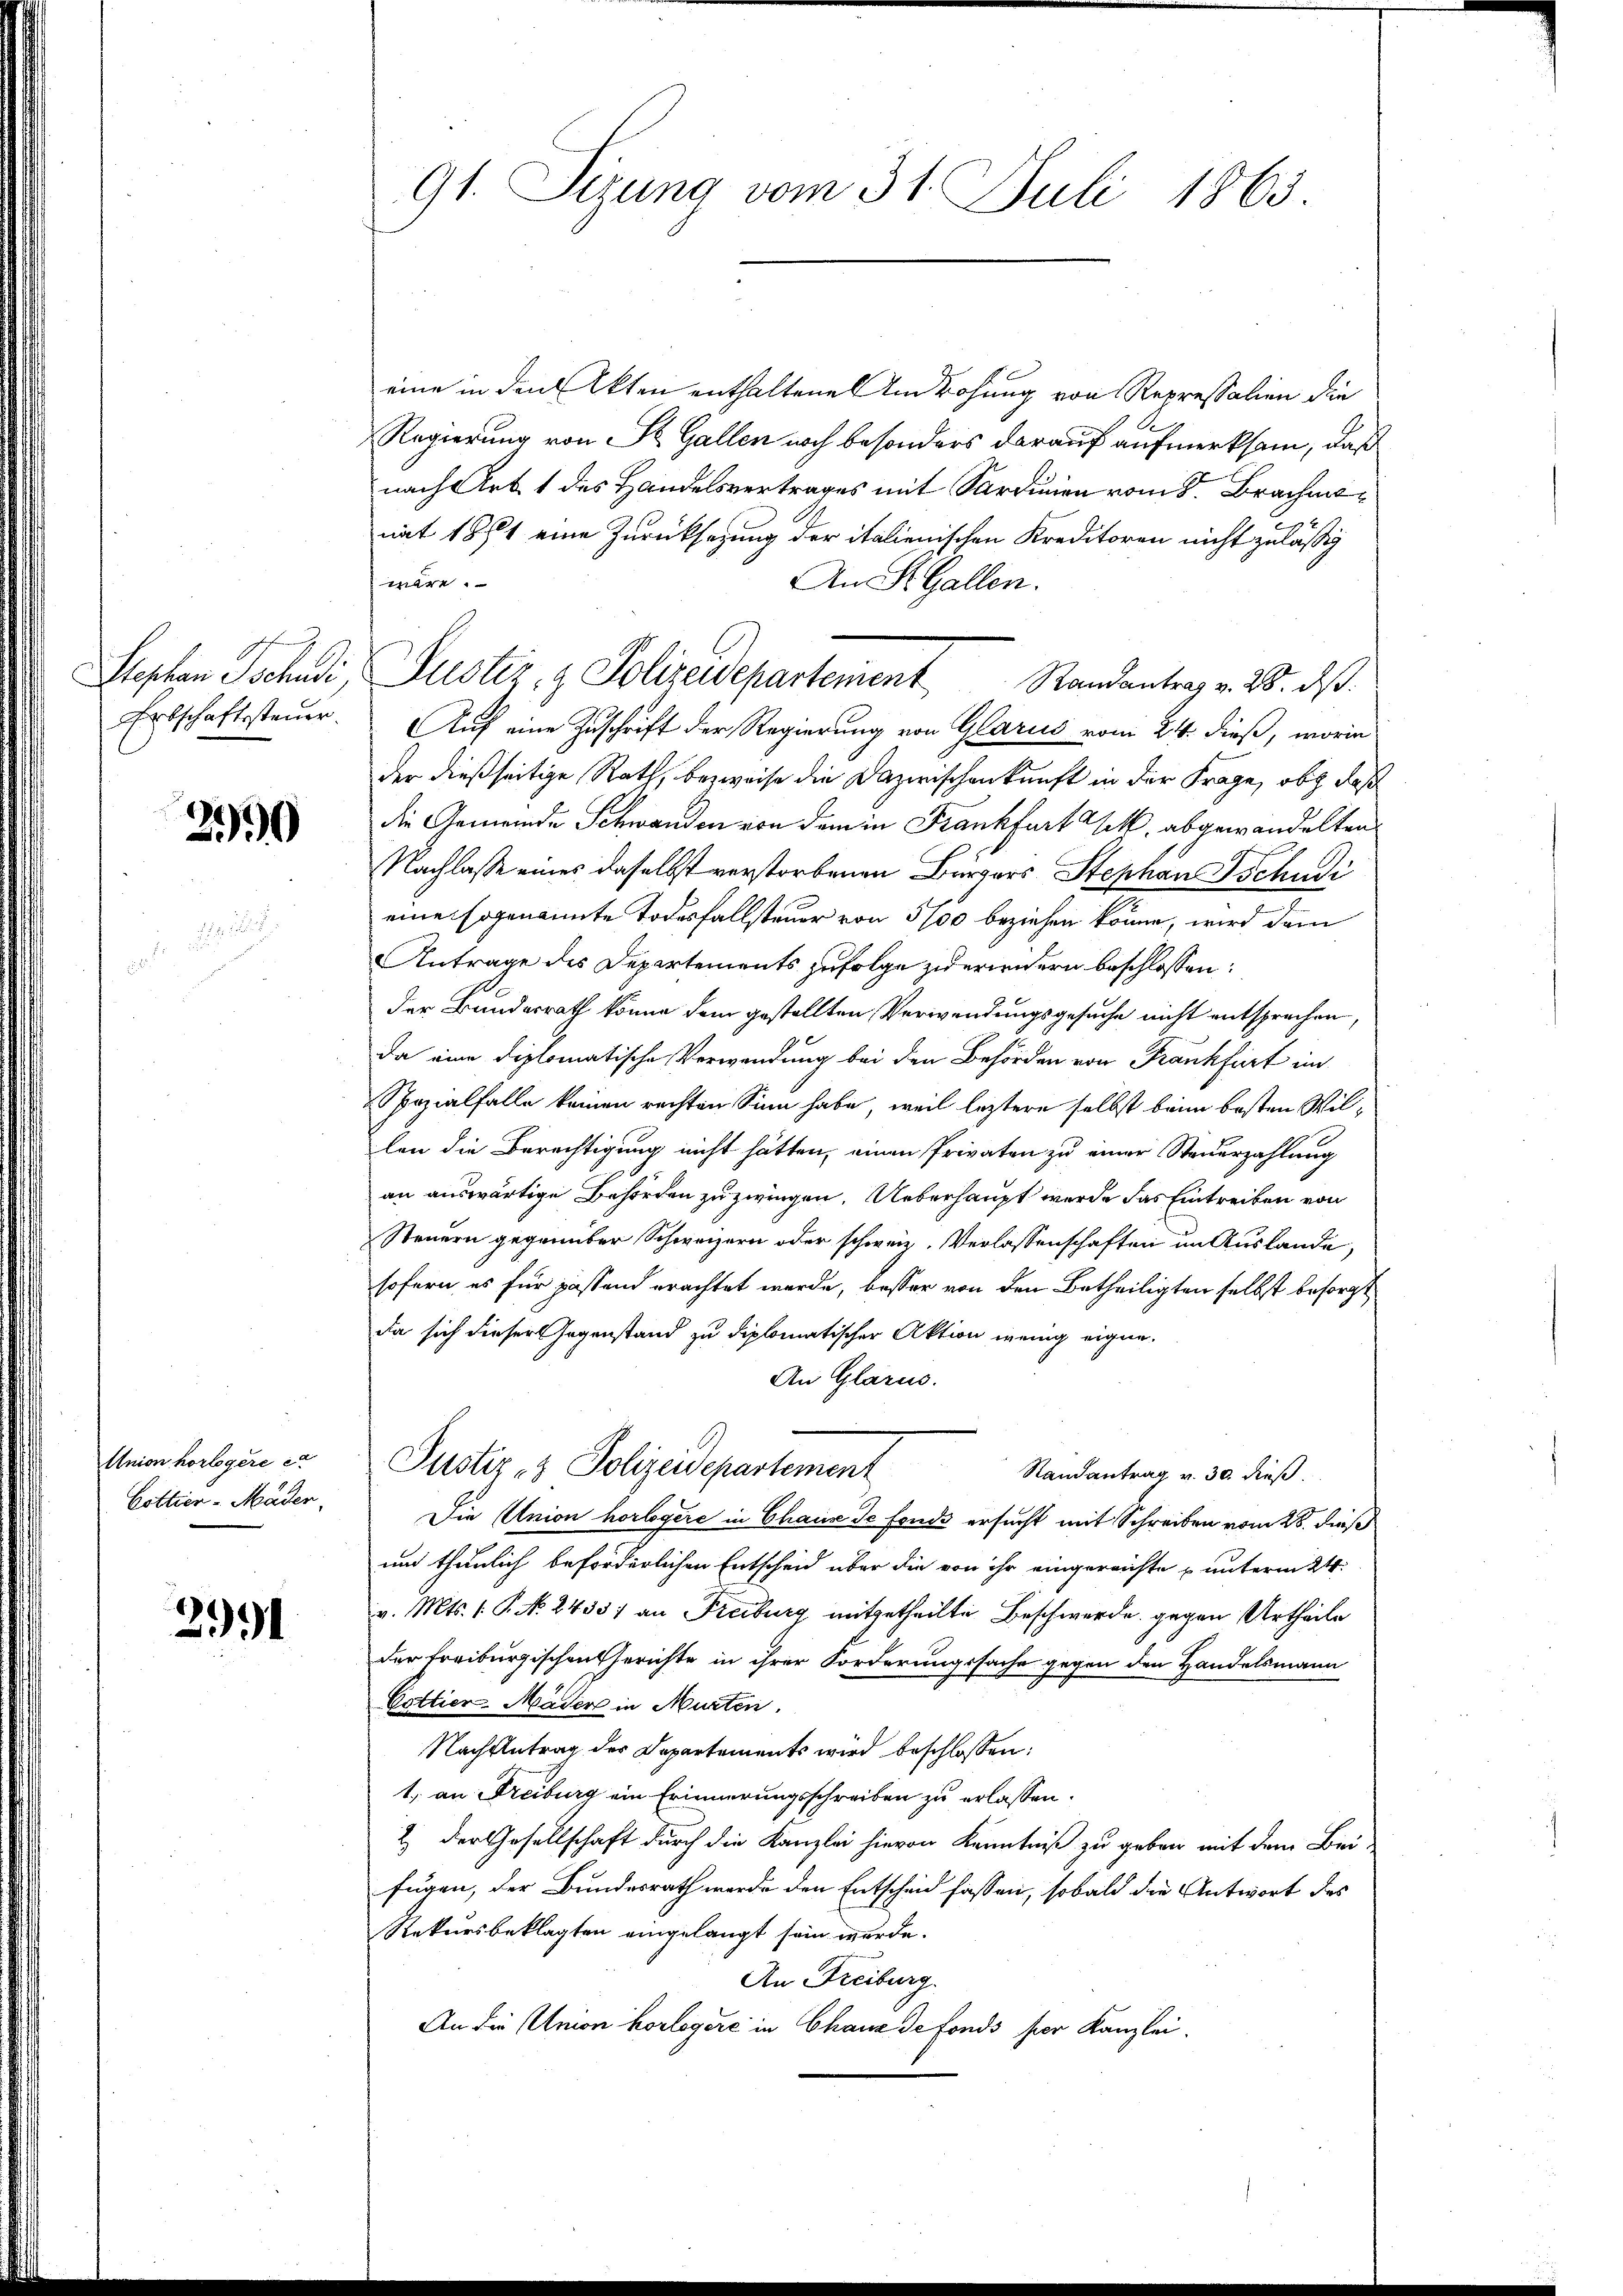
Stephan Tschudi,
Erbschaftssteuer.

290

Union horlogere e
Cottier-Mader

2991

91. Sizung vom 31. Juli 1863.

eine in den Akten enthaltene Umwohung von Repressalien die
Regierung von St. Gallen noch besonders darauf aufmerksam, daß
nach Art. 1 des Handelsvertrages mit Sardinien vom 8. Brachmomit 1871 eine Zurücksetzung der italienischen Kreditoren nicht zulässig
wäre.
An St. Gallen.
Auf eine Zuschrift der Regierung von Glarus vom 24. dieß, worin
der dießseitige Rath, bezweife die Dazwischenkunft in der Frage, ob daß
die Gemeinde Schwanden von dem in Frankfurt ist, abgewandelten
Nachlasse eines daselbst verstorbenen Bürgers Stephan Tschudi
eine sogenannte Todesfallsteuer von 500 beziehen könne, wird dem
Antrage des Departements zufolge zwerindern beschlossen:
der Bundesrath könne dem gestellten Verwendungsgesuche nicht entsprechen,
da eine diplomatische Verwendung bei den Behörden von Frankfurt im
Spezialfalle keinen rechten Sinn habe, weil leztere selbst beim besten Willen die Berechtigung nicht hätten, einen Privaten zu einer Steuerzahlung
an auswärtige Behörden zu zwingen. Ueberhaupt werde das Eintreiben von
Steuern gegenüber Schweizern oder schweiz. Verlassenschaften im Auslande,
sofern, es für passend erachtet werde, besser von den Betheiligten selbst besorgt
da sich dieser Gegenstand zu diplomatischer Aktion wenig eigne,
An Glarus.
Justiz- & Polizeidepartement
Randantrag v. 30. dieß.
Die Union horlogere in Chaux de fonds ersucht mit Schreiben vom 28. dieß
und thunlich beförderlichen Entscheid über die von ihr eingereichte u unterm 24.
v. Mts. 1. P. No. 2438) an Freiburg mitgetheilte Beschwerde gegen Urtheile
der Freiburgischen Gerichte in ihrer Forderungssache gegen den Handelsmann
Cottier-Mäder in Murten.
Nach Antrag der Departements wird beschlossen:
1. an Freiburg ein Erinnerungsschreiben zu erlassen.
2 der Gesellschaft durch die Kanzlei hievon Kenntniß zu geben mit dem Bei-
fügen, der Bundesrath werde den Entscheid fassen, sobald die Antwort des
Rekursbeklagten eingelangt sein wurde.
An Freiburg.
An die Union korlagere in Chaus de fonds per Kanzlei.

Justiz- & Polizeidepartement Randantrag v. 18. ds.